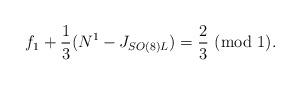
LaTeX: \begin{align*}f_1 +{1\over 3}(N^1 - J_{SO(8)L}) = {2\over 3} ~(\mbox{mod~1}).\end{align*}